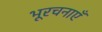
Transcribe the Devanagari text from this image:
भूरचनाएँ